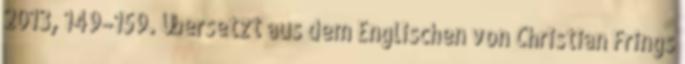
2013, 149–159. Übersetzt aus dem Englischen von Christian Frings